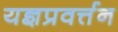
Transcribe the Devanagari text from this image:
यज्ञप्रवर्त्तन